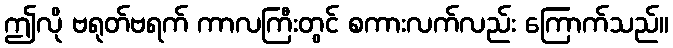
ဤလို ဗရုတ်ဗရက် ကာလကြီးတွင် စကားလက်လည်း ကြောက်သည်။